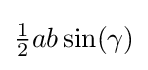
{\tfrac {1}{2}}ab\sin(\gamma )